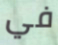
في